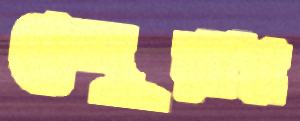
কেন্দুয়ার